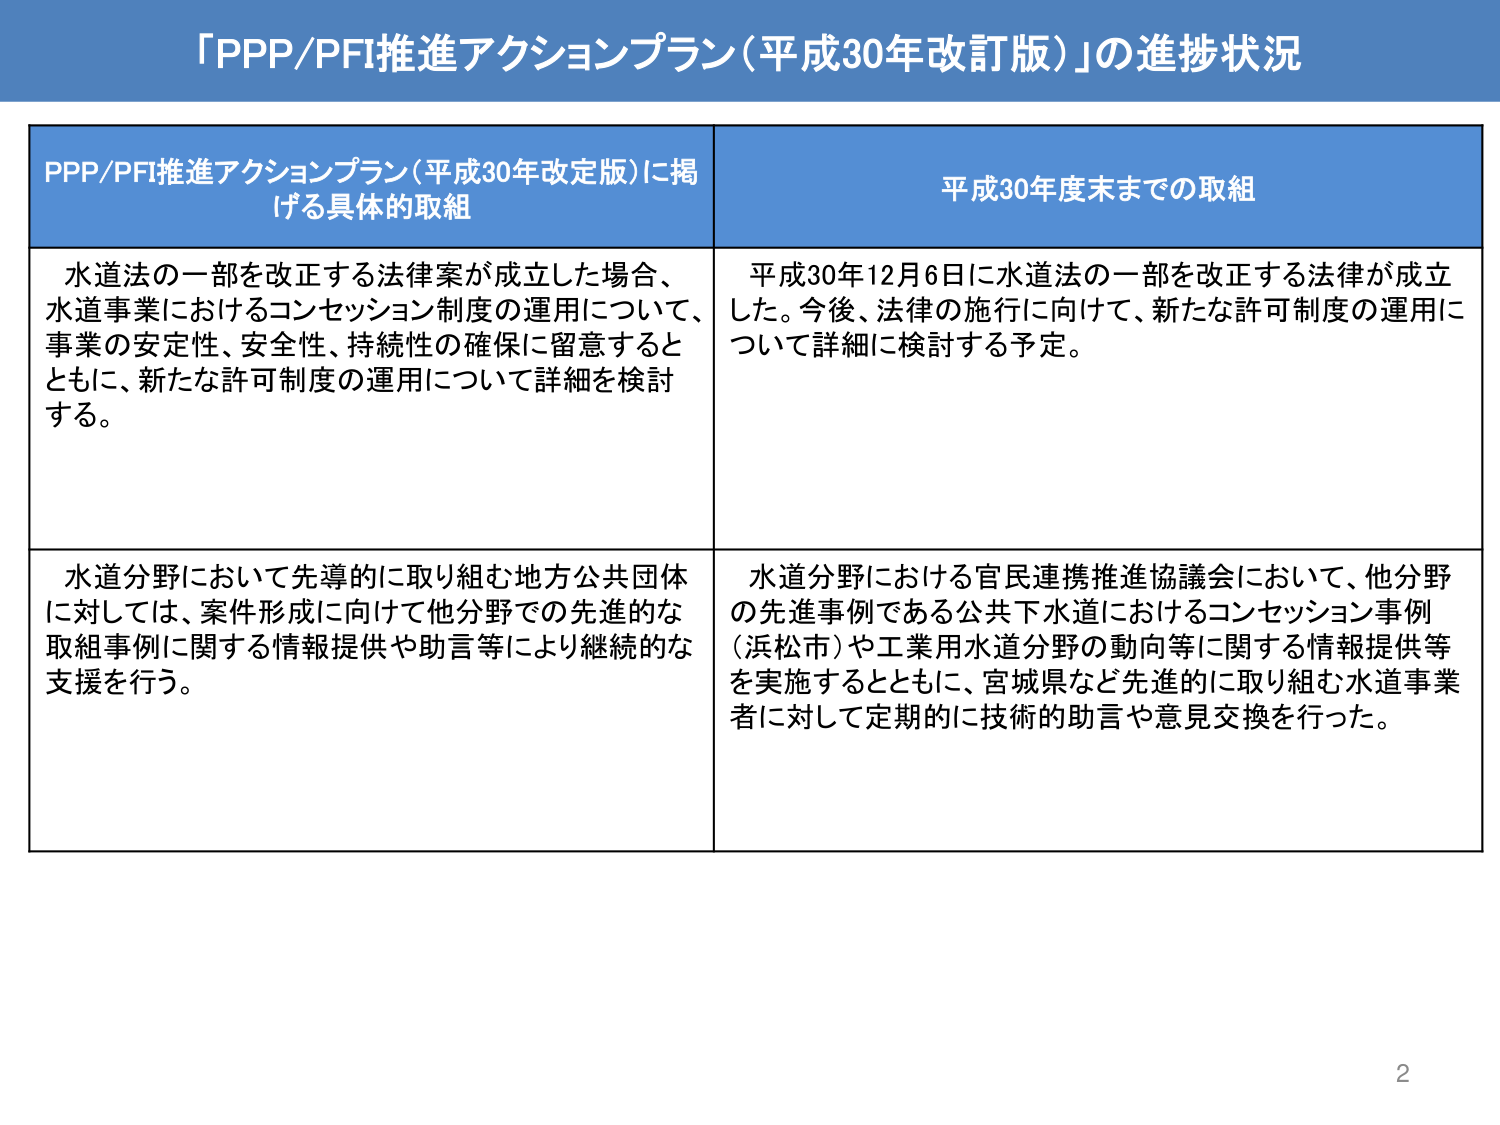
「PPP/PFI推進アクションプラン（平成30年改訂版）」の進捗状況

PPP/PFI推進アクションプラン（平成30年改定版）に掲げる具体的取組

水道法の一部を改正する法律案が成立した場合、水道事業におけるコンセッション制度の運用について、事業の安定性、安全性、持続性の確保に留意するとともに、新たな許可制度の運用について詳細を検討する。

平成30年度末までの取組

平成30年12月6日に水道法の一部を改正する法律が成立した。今後、法律の施行に向けて、新たな許可制度の運用について詳細に検討する予定。

水道分野において先導的に取り組む地方公共団体に対しては、案件形成に向けて他分野での先進的な取組事例に関する情報提供や助言等により継続的な支援を行う。

水道分野における官民連携推進協議会において、他分野の先進事例である公共下水道におけるコンセッション事例（浜松市）や工業用水道分野の動向等に関する情報提供等を実施するとともに、宮城県など先進的に取り組む水道事業者に対して定期的に技術的助言や意見交換を行った。

2